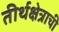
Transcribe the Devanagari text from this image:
तीर्थक्षेत्राची